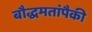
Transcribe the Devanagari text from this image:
बौद्धमतांपैकी